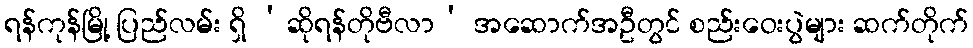
ရန်ကုန်မြို့ ပြည်လမ်း ရှိ ‘ဆိုရန်တိုဗီလာ’ အဆောက်အဦတွင် စည်းဝေးပွဲများ ဆက်တိုက်